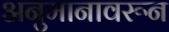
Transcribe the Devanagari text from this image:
अनुमानावरून